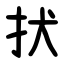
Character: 㧋